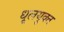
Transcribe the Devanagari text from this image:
धूलयुक्त